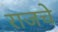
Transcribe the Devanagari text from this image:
राजचे